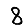
Digit: 8